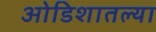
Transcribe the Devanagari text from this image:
ओडिशातल्या